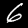
Label: 6